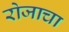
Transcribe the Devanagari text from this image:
रोजाचा